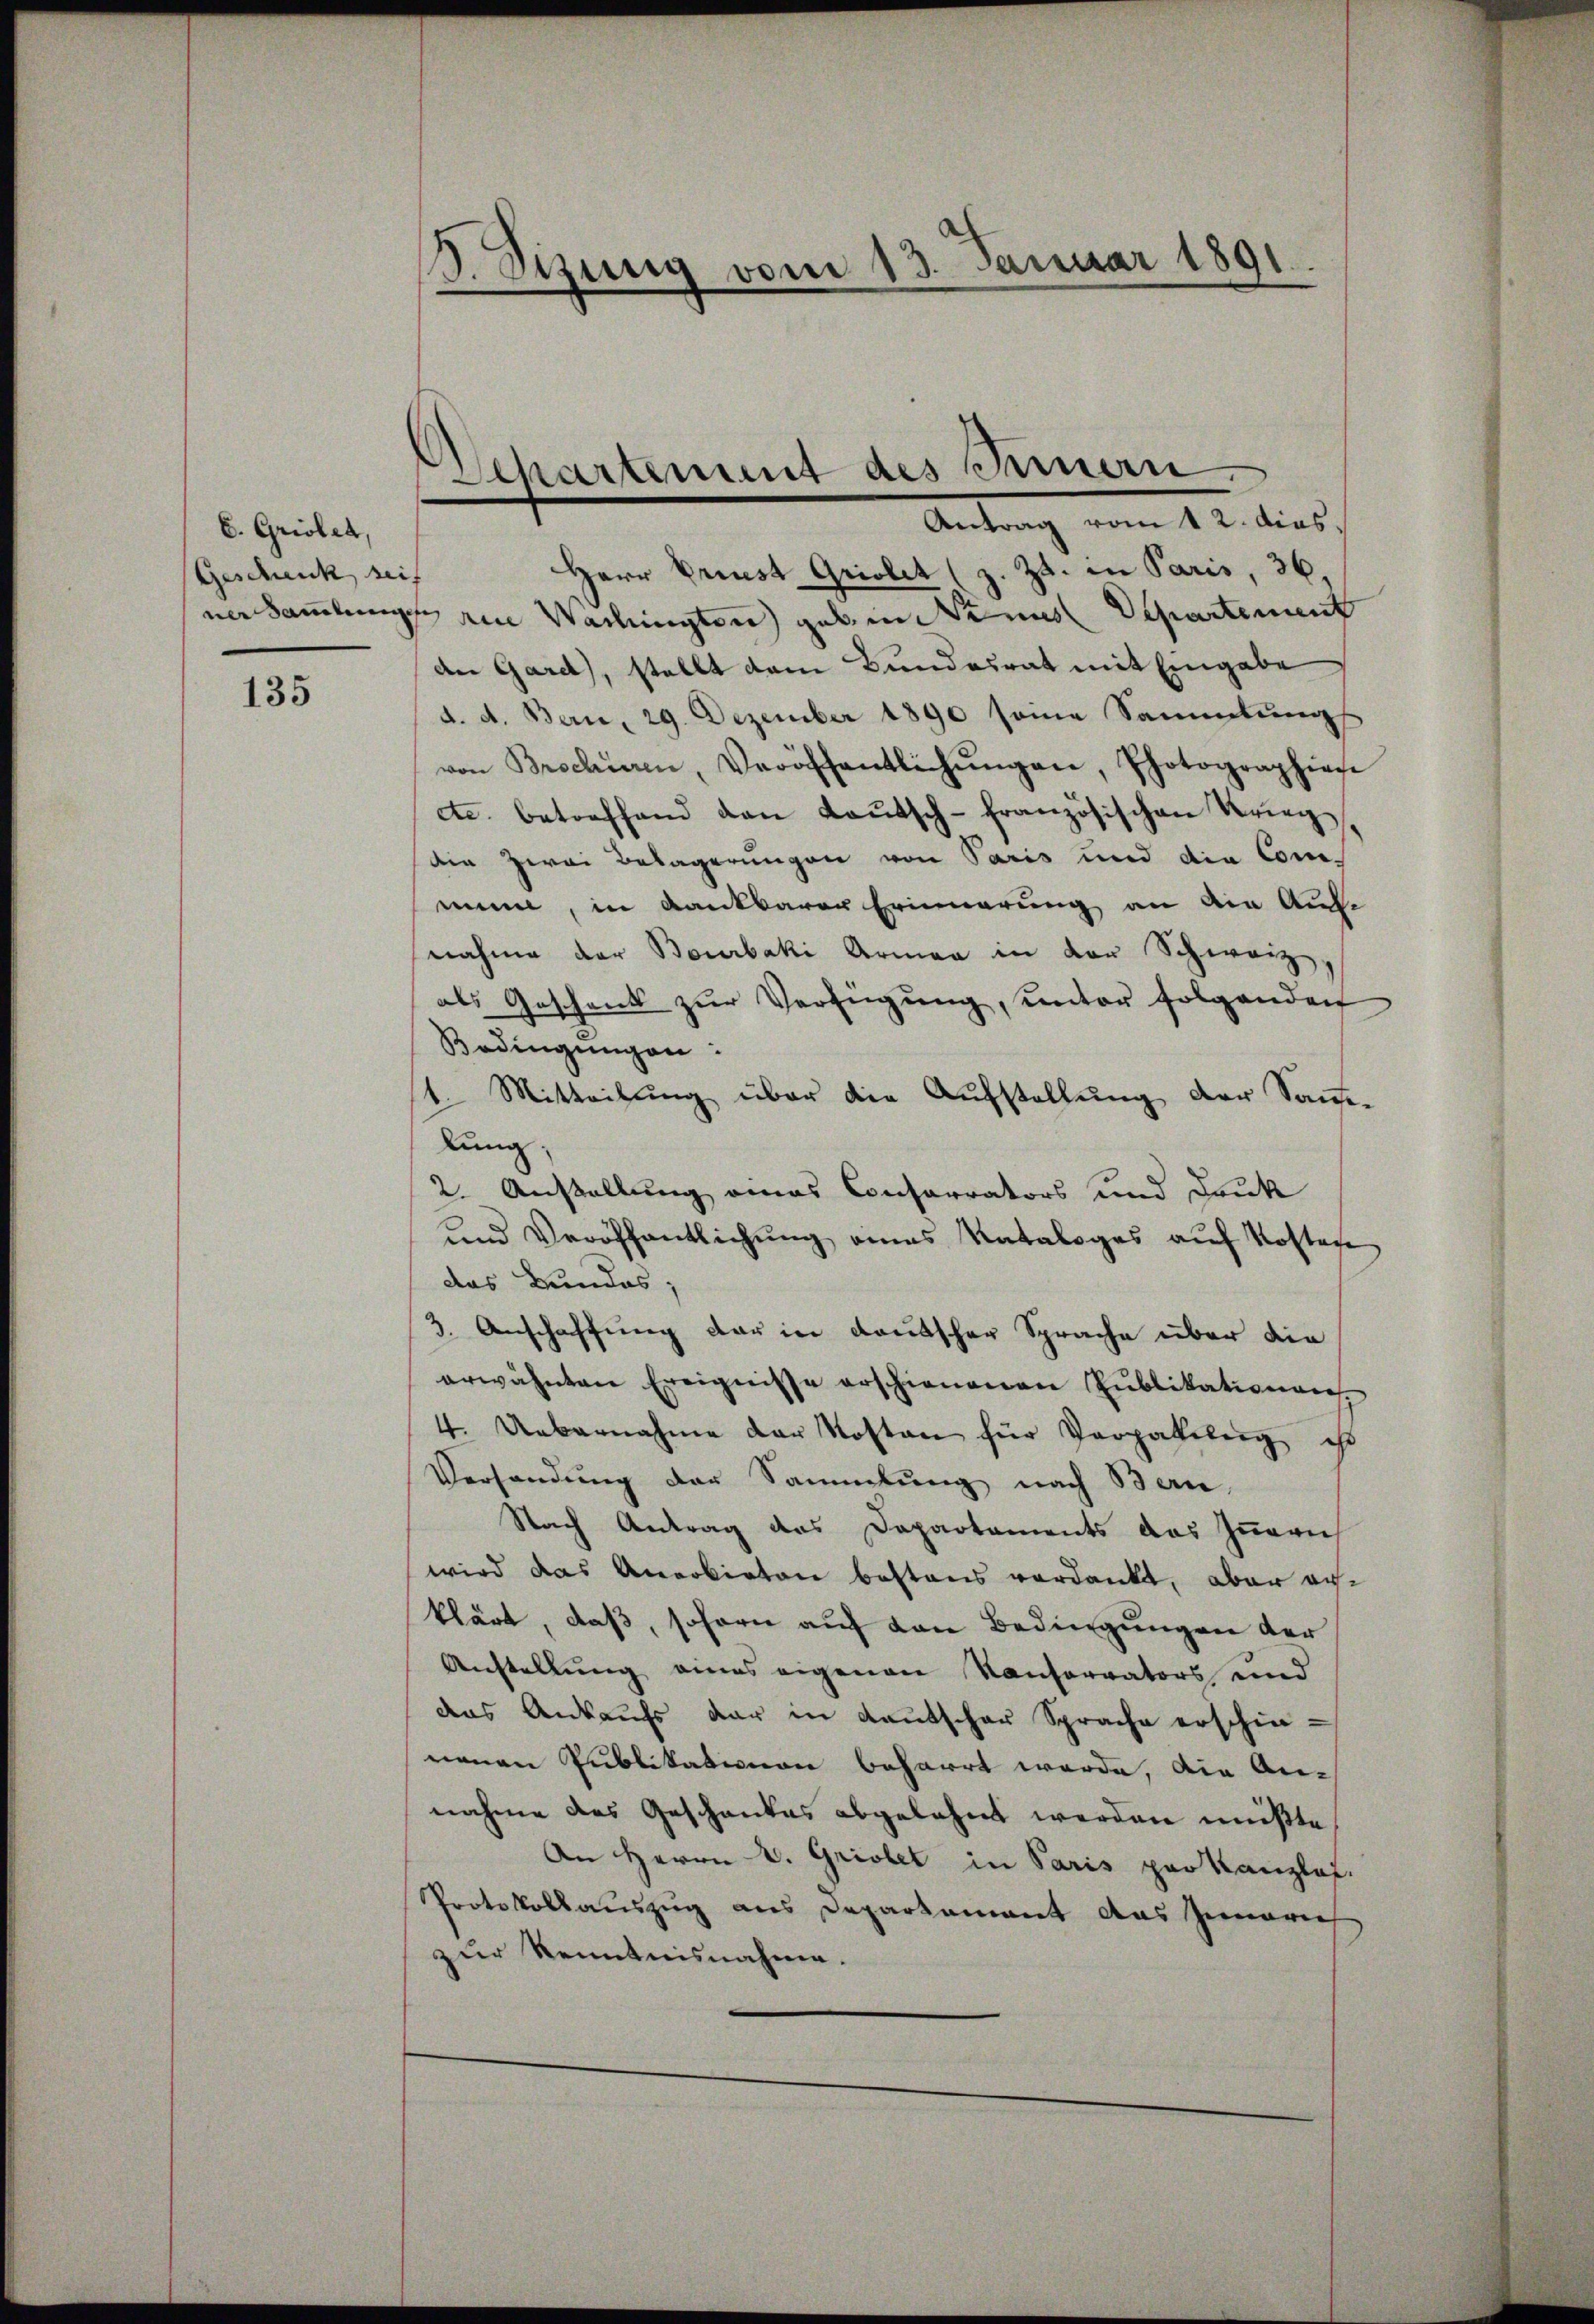
C. Griolet,
Geschenk seit

135

Herr Priest Griolet (z. Zt. in Paris, 36.
versammlung am Wachingten gebend im Departement
an Gard, stellt dem Bundesrat mit Eingabe
d. d. Bern, 29. Dezember 1890 seine Sammlung
von Brochüren, Veröffentlichŭngen, Photographiese
etc. betreffend den Kaŭtsch-französischen Krieg
die zwei Belagerungen von Paris und die Commin, in dankbarer Erinnerung an die Auf-
nahme der Bourbaki Armen in der Schweiz
als Geschenk zŭr Verfügŭng, unter folgenden
Bedingungen:
t. Mitteilung über die Aufstellung der Sauelung,
2. Anstellung eines Conferrators und Druk
und Veröffentlichŭng eines Kataloges aŭf Kosten
das Bundes;
3. Anschaffung der in deutscher Sprache über die
erwähnten Ereignisse erschienenen Publikationen
4. Uebernahme der Kosten für Verpatelen ist
Versandung der Sammlung nach Bern,
Nach Antrag des Departaments das Inneris
wird das Anerbieten bestens verdankt, aber anklärt, daß, sofern auf von Bedingungen der
Anstellung eines eigenen Konservators und
das Ankaufs der in Kautscher Sprache erschie-
nenen Publikationen beharrt werde, die An-
nahme das Geschankes abgelehnt werden müßte
An Herrn v. Griolet in Paris pro kanzlos.
Protokollauszug aus Departament das Innerie
zur Kenntnisnahme.

13. Sizung vom 13. Januar 1891.

Departement des Innern.
Antrag vom t 2. dies,